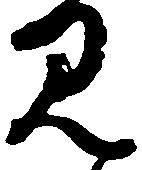
見